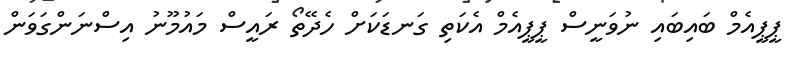
ޕީޕީއެމް ބައިބައި ނުވަނީސް ޕީޕީއެމް އެކަތި ގަނޑަކަށް ހެދޭތޯ ރައީސް މައުމޫނު އިސްނަންގަވަން